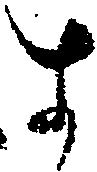
す